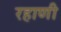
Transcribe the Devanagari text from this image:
रहाणी